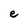
Character: e